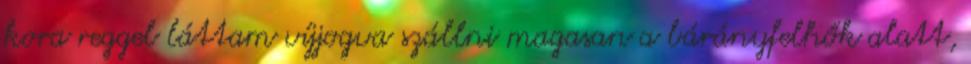
kora reggel láttam víjjogva szállni magasan a bárányfelhők alatt,